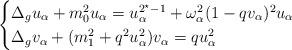
LaTeX: \begin{align*}\begin{cases}\Delta_g u_\alpha+m_0^2 u_\alpha=u_\alpha^{2^\star-1}+\omega_\alpha^2(1-qv_\alpha)^2 u_\alpha\\\Delta_g v_\alpha +(m_1^2+q^2u_\alpha^2) v_\alpha = q u_\alpha^2\end{cases}\end{align*}